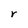
Character: r